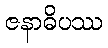
ဇနာဓိပဿ